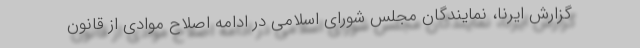
گزارش ایرنا، نمایندگان مجلس شورای اسلامی در ادامه اصلاح موادی از قانون